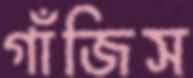
গাঁজিস